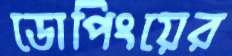
ডোপিংয়ের